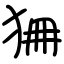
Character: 狦